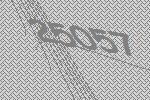
25057